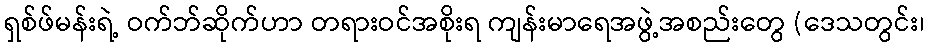
ရှစ်ဖ်မန်းရဲ့ ဝက်ဘ်ဆိုက်ဟာ တရားဝင်အစိုးရ ကျန်းမာရေအဖွဲ့အစည်းတွေ (ဒေသတွင်း၊